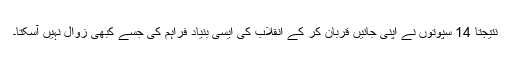
نتیجتاً 14 سپوتوں نے اپنی جانیں قربان کر کے انقلاب کی ایسی بنیاد فراہم کی جسے کبھی زوال نہیں آسکتا۔